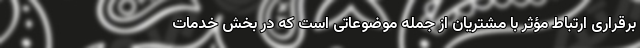
برقراری ارتباط مؤثر با مشتریان از جمله موضوعاتی است که در بخش خدمات